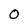
Character: 0